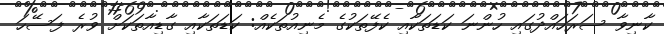
ކާނިވާ ސަރަހައްދުގައި ހުންނަ ކަޑަތަކާއި ކެފޭތަކުގެ މެނިއުތަކެއް: ކަޑަތަކާއި ގާޑިއާތަކަށް ވުރެ ފަސޭހަ